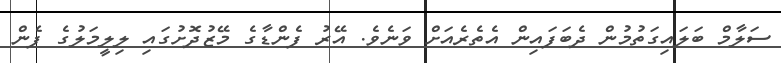
ސަލާމް ބަލައިގަތުމުން ދެބަފައިން އެތެރެއަށް ވަނެވެ. އޭރު ފެންޑާގެ މޭޒުދޮށުގައި ލިލީމަލުގެ ފެން